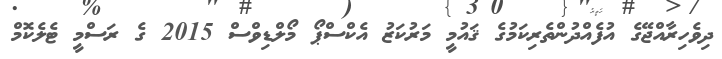
ދިވެހިރާއްޖޭގެ އުފެއްދުންތެރިކަމުގެ ޤައުމީ މަރުކަޒު އެކްސްޕޯ މޯލްޑިވްސް 2015 ގެ ރަސްމީ ޓެލެކޮމް